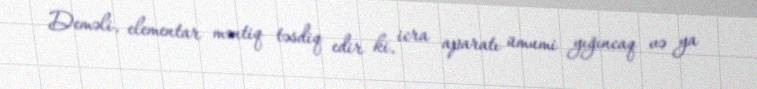
Deməli, elementar məntiq təsdiq edir ki, icra aparatı ümumi yığıncaq və ya